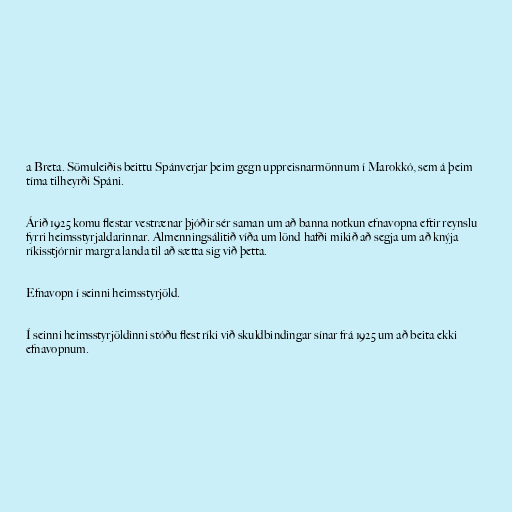
a Breta. Sömuleiðis beittu Spánverjar þeim gegn uppreisnarmönnum í Marokkó, sem á þeim
tíma tilheyrði Spáni.

Árið 1925 komu flestar vestrænar þjóðir sér saman um að banna notkun efnavopna eftir reynslu
fyrri heimsstyrjaldarinnar. Almenningsálitið víða um lönd hafði mikið að segja um að knýja
ríkisstjórnir margra landa til að sætta sig við þetta.

Efnavopn í seinni heimsstyrjöld.

Í seinni heimsstyrjöldinni stóðu flest ríki við skuldbindingar sínar frá 1925 um að beita ekki
efnavopnum.